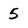
Character: 5